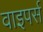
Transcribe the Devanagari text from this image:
वाइपर्स